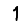
Digit: 1